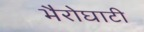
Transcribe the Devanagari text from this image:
भैरोघाटी